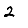
Digit: 2